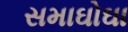
સમાઘોઘા